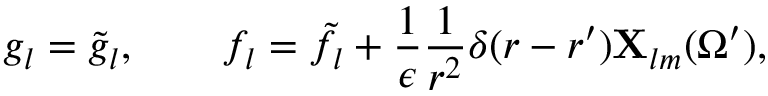
g _ { l } = \tilde { g } _ { l } , \qquad f _ { l } = \tilde { f } _ { l } + { \frac { 1 } { \epsilon } } { \frac { 1 } { r ^ { 2 } } } \delta ( r - r ^ { \prime } ) { \bf X } _ { l m } ( \Omega ^ { \prime } ) ,